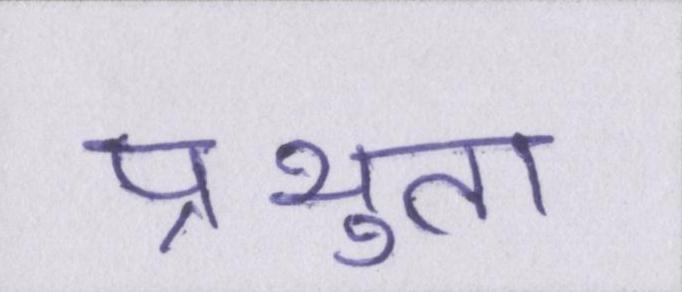
प्रभुता